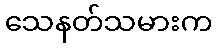
သေနတ်သမားက